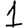
Digit: 1